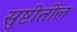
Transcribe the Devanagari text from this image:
सुष्टीतील